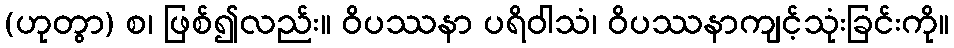
(ဟုတွာ) စ၊ ဖြစ်၍လည်း။ ဝိပဿနာ ပရိဝါသံ၊ ဝိပဿနာကျင့်သုံးခြင်းကို။